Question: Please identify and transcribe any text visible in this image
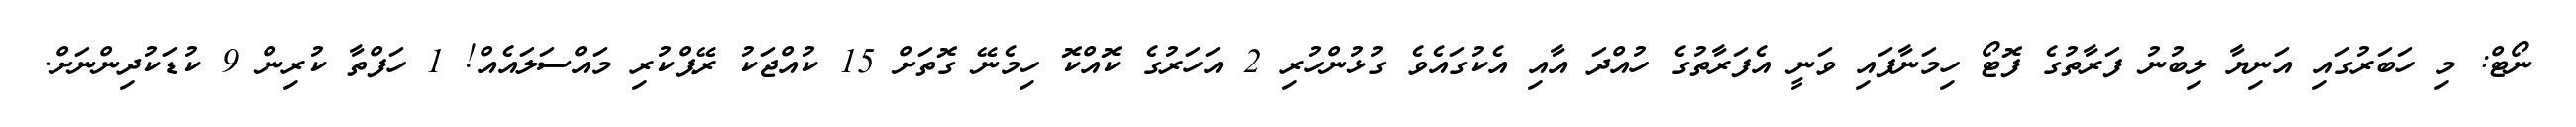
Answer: ނޯޓް: މި ހަބަރުގައި އަނިޔާ ލިބުނު ފަރާތުގެ ފޮޓޯ ހިމަނާފައި ވަނީ އެފަރާތުގެ ހުއްދަ އާއި އެކުގައެވެ ގުޅުންހުރި 2 އަހަރުގެ ކޮއްކޮ ހިމެނޭ ގޮތަށް 15 ކުއްޖަކު ރޭޕްކުރި މައްސަލައެއް! 1 ހަފްތާ ކުރިން 9 ކުޑަކުދިންނަށް.